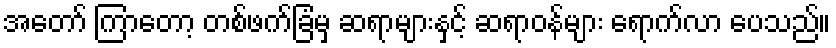
အတော် ကြာတော့ တစ်ဖက်ခြံမှ ဆရာများနှင့် ဆရာဝန်များ ရောက်လာ ပေသည်။